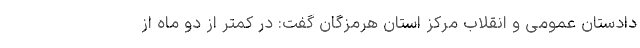
دادستان عمومی و انقلاب مرکز استان هرمزگان گفت: در کمتر از دو ماه از